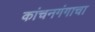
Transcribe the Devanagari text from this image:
कांचनगंगाचा